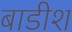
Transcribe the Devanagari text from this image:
बाडीश